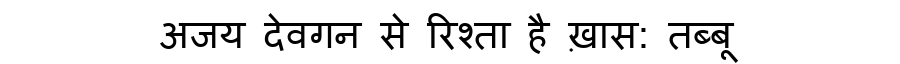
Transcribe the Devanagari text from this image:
अजय देवगन से रिश्ता है ख़ास: तब्बू